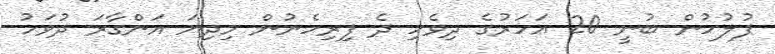
ފުލުހުން ބުނީ 20 އަހަރުގެ ދިވެހި ދެ ފިރިހެނުން މިދިޔަ އަންގާރަ ދުވަހު